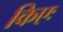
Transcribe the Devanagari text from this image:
किएः